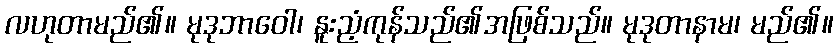
လဟုတာမည်၏။ မုဒုဘာဝေါ၊ နူးညံ့ကုန်သည်၏အဖြစ်သည်။ မုဒုတာနာမ၊ မည်၏။